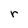
Character: r